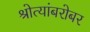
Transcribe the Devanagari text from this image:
श्रोत्यांबरोबर